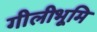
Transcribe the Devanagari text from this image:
गीलीभूमि